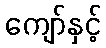
ကျော်နှင့်